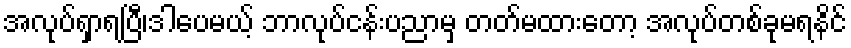
အလုပ်ရှာရပြီ၊ဒါပေမယ့် ဘာလုပ်ငန်းပညာမှ တတ်မထားတော့ အလုပ်တစ်ခုမရနိင်